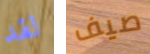
لقد صيف